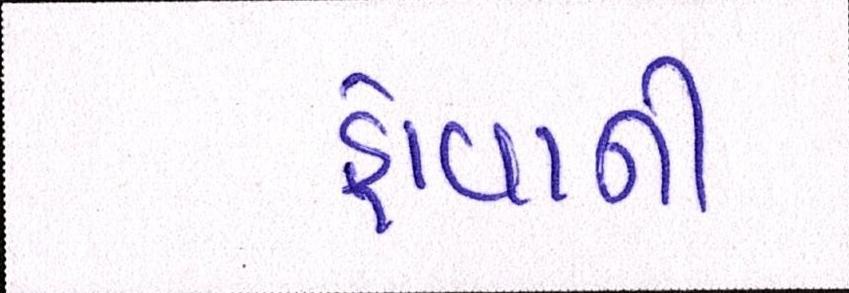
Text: હોવાની